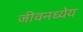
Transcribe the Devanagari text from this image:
जीवनध्येय